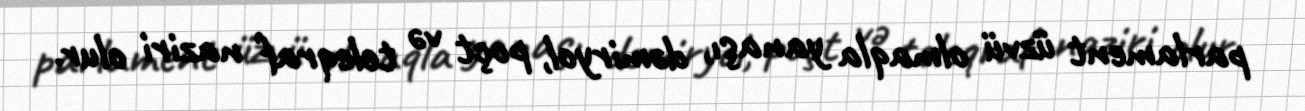
parlament üzvü olmaqla yanaşı, dəmiryol, poçt və teleqraf naziri olur.